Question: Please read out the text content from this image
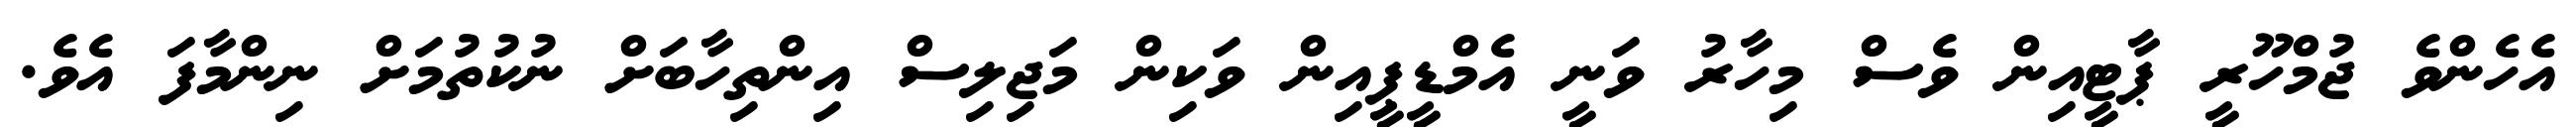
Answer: އެހެންވެ ޖުމްހޫރީ ޕާޓީއިން ވެސް މިހާރު ވަނީ އެމްޑީޕީއިން ވަކިން މަޖިލިސް އިންތިހާބަށް ނުކުތުމަށް ނިންމާފަ އެވެ.